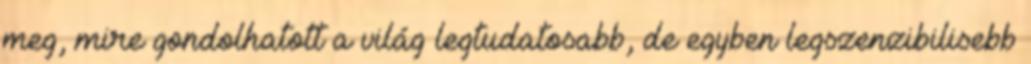
meg, mire gondolhatott a vi­lág legtudatosabb, de egyben legszenzibilisebb